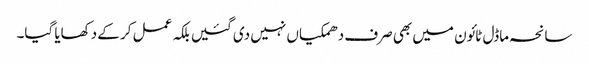
سانحہ ماڈل ٹائون میں بھی صرف دھمکیاں نہیں دی گئیں بلکہ عمل کر کے دکھایا گیا۔